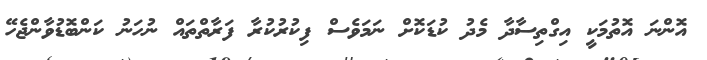
އޮންނަ އޮތުމަކީ އިގްތިސާދާ މެދު ކުޑަކޮށް ނަމަވެސް ފިކުރުކުރާ ފަރާތްތައް ނުހަނު ކަންބޮޑުވާންޖެހޭ